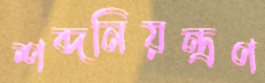
শব্দনিয়ন্ত্রণ